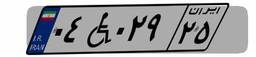
۰۷W۸۹۹۰۹